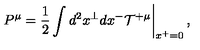
\left. P ^ { \mu } = \frac { 1 } { 2 } \int d ^ { 2 } x ^ { \perp } d x ^ { - } { \cal T } ^ { + \mu } \right| _ { x ^ { + } = 0 } ,